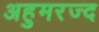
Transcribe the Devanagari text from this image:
अहुमरज्द